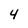
Character: 4